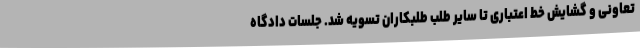
تعاونی و گشایش خط اعتباری تا سایر طلب طلبکاران تسویه شد. جلسات دادگاه